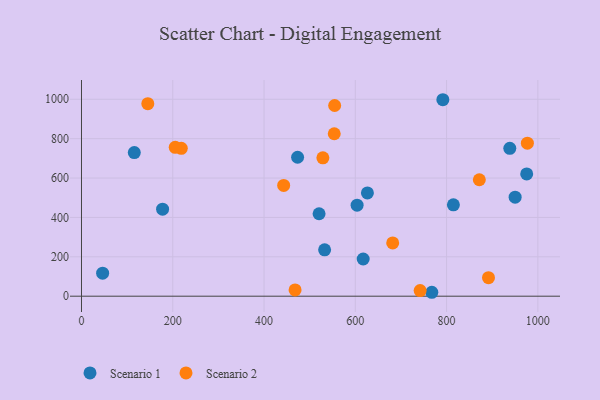
{"axis": {"x": "Ad Spend", "y": "Sales"}, "legend": ["Scenario 1", "Scenario 2"], "data": [{"x": "473.5", "y": 705.7, "type": "Scenario 1"}, {"x": "177.7", "y": 441.9, "type": "Scenario 1"}, {"x": "46.3", "y": 116.8, "type": "Scenario 1"}, {"x": "532.7", "y": 235.6, "type": "Scenario 1"}, {"x": "520.6", "y": 418.7, "type": "Scenario 1"}, {"x": "975.5", "y": 621.1, "type": "Scenario 1"}, {"x": "791.8", "y": 997.8, "type": "Scenario 1"}, {"x": "938.5", "y": 750.9, "type": "Scenario 1"}, {"x": "617.2", "y": 188.9, "type": "Scenario 1"}, {"x": "767.6", "y": 19.9, "type": "Scenario 1"}, {"x": "626.5", "y": 524.5, "type": "Scenario 1"}, {"x": "950.2", "y": 503.1, "type": "Scenario 1"}, {"x": "814.9", "y": 464.1, "type": "Scenario 1"}, {"x": "115.7", "y": 729.2, "type": "Scenario 1"}, {"x": "603.9", "y": 462.2, "type": "Scenario 1"}, {"x": "218.7", "y": 750.9, "type": "Scenario 2"}, {"x": "145.3", "y": 977.5, "type": "Scenario 2"}, {"x": "554.7", "y": 968.5, "type": "Scenario 2"}, {"x": "468.0", "y": 31.6, "type": "Scenario 2"}, {"x": "553.8", "y": 825.0, "type": "Scenario 2"}, {"x": "443.0", "y": 562.6, "type": "Scenario 2"}, {"x": "681.9", "y": 270.3, "type": "Scenario 2"}, {"x": "528.9", "y": 702.7, "type": "Scenario 2"}, {"x": "742.0", "y": 28.3, "type": "Scenario 2"}, {"x": "977.0", "y": 777.1, "type": "Scenario 2"}, {"x": "871.7", "y": 591.5, "type": "Scenario 2"}, {"x": "205.4", "y": 756.1, "type": "Scenario 2"}, {"x": "891.8", "y": 93.8, "type": "Scenario 2"}]}